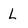
Character: L